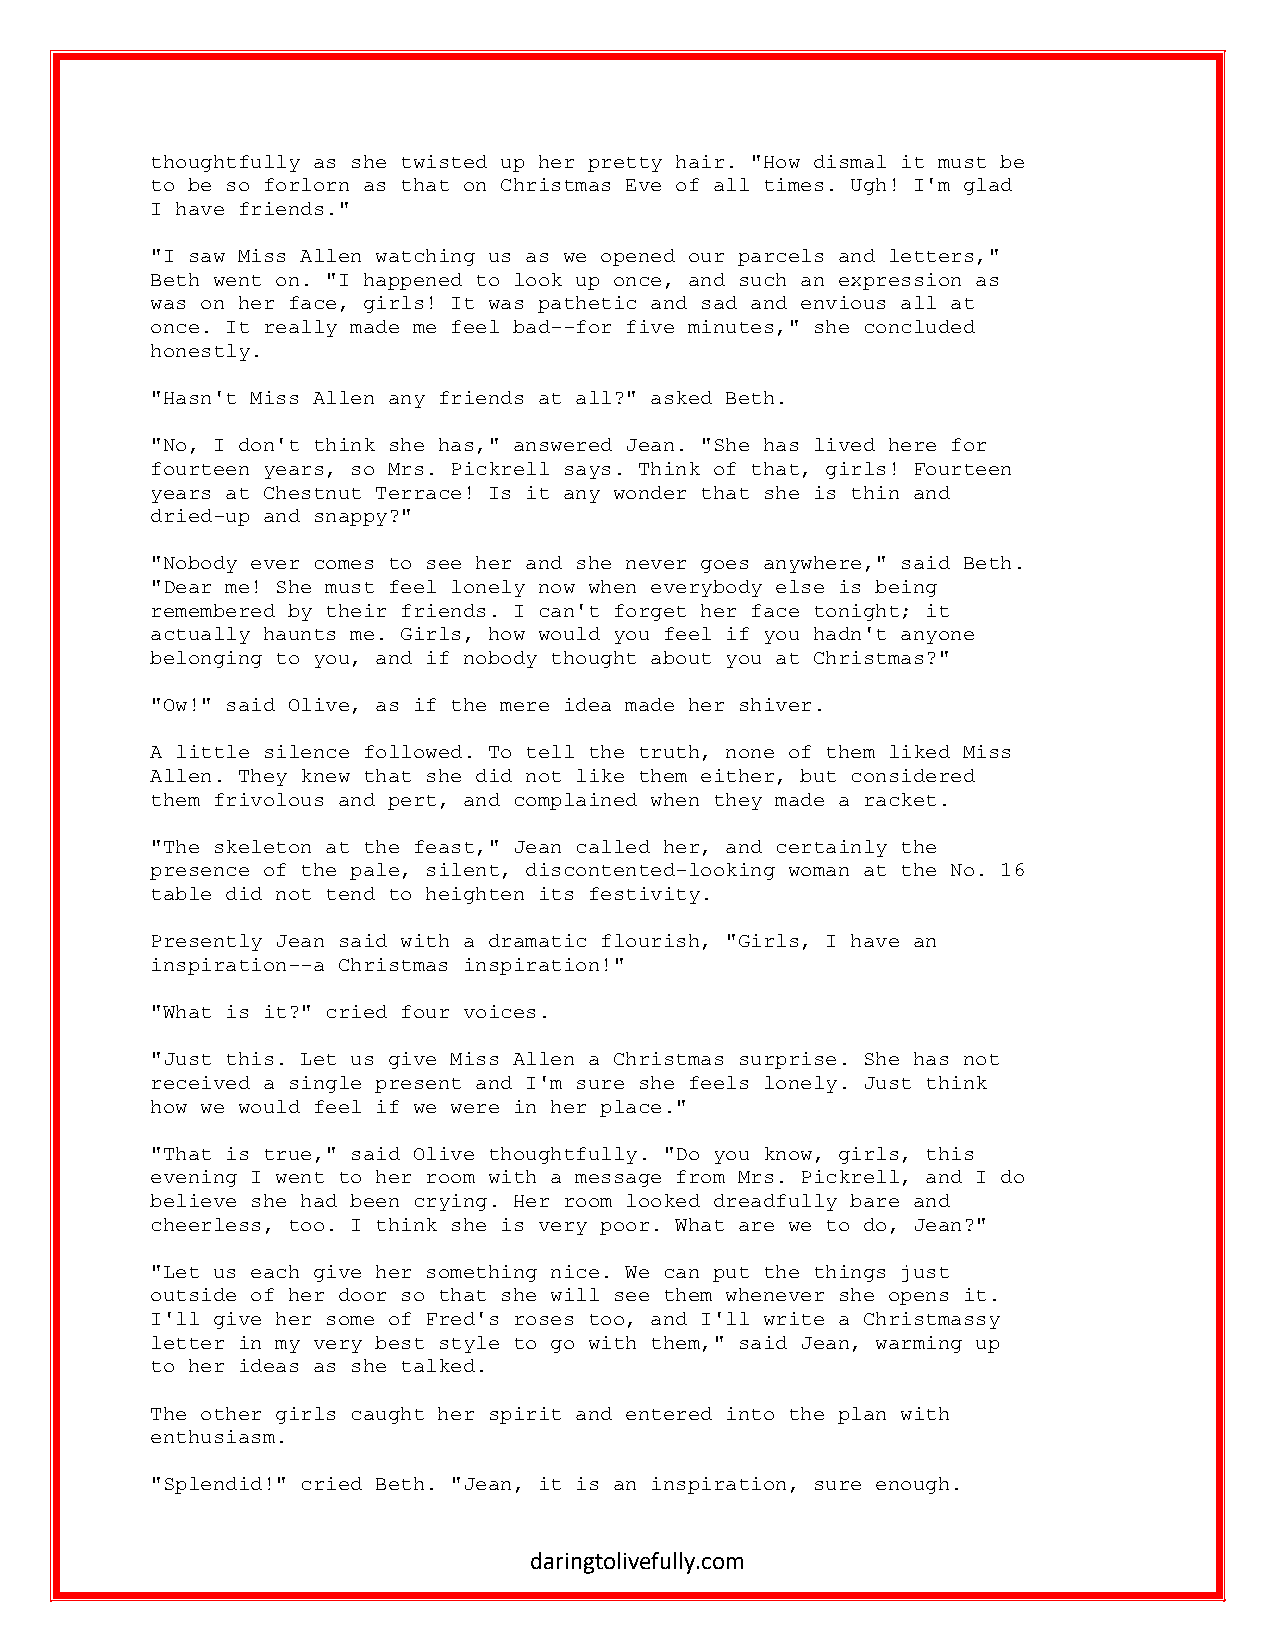
thoughtfully as she twisted up her pretty hair. "How dismal it must be
 to be so forlorn as that on Christmas Eve of all times. Ugh! I'm glad
 I have friends."
 "I saw Miss Allen watching us as we opened our parcels and letters,"
 Beth went on. "I happened to look up once, and such an expression as
 was on her face, girls! It was pathetic and sad and envious all at
 once. It really made me feel bad--for five minutes," she concluded
 honestly.
 "Hasn't Miss Allen any friends at all?" asked Beth.
 "No, I don't think she has," answered Jean. "She has lived here for
 fourteen years, so Mrs. Pickrell says. Think of that, girls! Fourteen
 years at Chestnut Terrace! Is it any wonder that she is thin and
 dried-up and snappy?"
 "Nobody ever comes to see her and she never goes anywhere," said Beth.
 "Dear me! She must feel lonely now when everybody else is being
 remembered by their friends. I can't forget her face tonight; it
 actually haunts me. Girls, how would you feel if you hadn't anyone
 belonging to you, and if nobody thought about you at Christmas?"
 "Ow!" said Olive, as if the mere idea made her shiver.
 A little silence followed. To tell the truth, none of them liked Miss
 Allen. They knew that she did not like them either, but considered
 them frivolous and pert, and complained when they made a racket.
 "The skeleton at the feast," Jean called her, and certainly the
 presence of the pale, silent, discontented-looking woman at the No. 16
 table did not tend to heighten its festivity.
 Presently Jean said with a dramatic flourish, "Girls, I have an
 inspiration--a Christmas inspiration!"
 "What is it?" cried four voices.
 "Just this. Let us give Miss Allen a Christmas surprise. She has not
 received a single present and I'm sure she feels lonely. Just think
 how we would feel if we were in her place."
 "That is true," said Olive thoughtfully. "Do you know, girls, this
 evening I went to her room with a message from Mrs. Pickrell, and I do
 believe she had been crying. Her room looked dreadfully bare and
 cheerless, too. I think she is very poor. What are we to do, Jean?"
 "Let us each give her something nice. We can put the things just
 outside of her door so that she will see them whenever she opens it.
 I'll give her some of Fred's roses too, and I'll write a Christmassy
 letter in my very best style to go with them," said Jean, warming up
 to her ideas as she talked.
 The other girls caught her spirit and entered into the plan with
 enthusiasm.
 "Splendid!" cried Beth. "Jean, it is an inspiration, sure enough.
 daringtolivefully.com